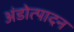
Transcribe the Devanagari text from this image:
अंडोत्पादन